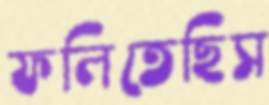
ফলিতেছিস